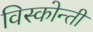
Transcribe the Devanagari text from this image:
विस्कोन्ती